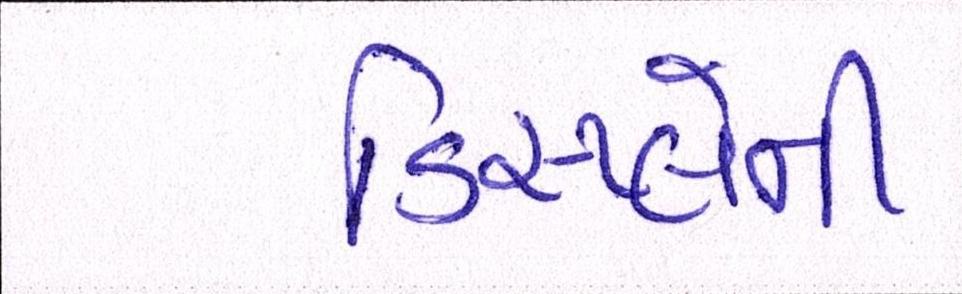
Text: ડિસ્પ્લેની